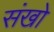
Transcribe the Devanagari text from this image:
संखो